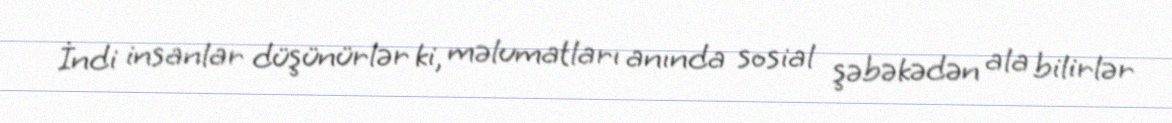
İndi insanlar düşünürlər ki, məlumatları anında sosial şəbəkədən ala bilirlər